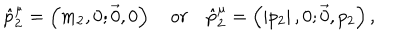
\hat { p } _ { 2 } ^ { \mu } = \left( m _ { 2 } , 0 ; \vec { 0 } , 0 \right) \quad o r \quad \hat { p } _ { 2 } ^ { \mu } = \left( \left| p _ { 2 } \right| , 0 ; \vec { 0 } , p _ { 2 } \right) ,